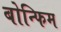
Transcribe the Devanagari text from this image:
बोन्फिम